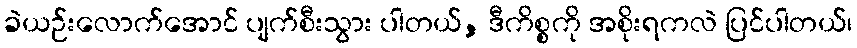
ခဲယဉ်းလောက်အောင် ပျက်စီးသွား ပါတယ်, ဒီကိစ္စကို အစိုးရကလဲ ပြင်ပါတယ်၊